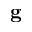
\mathbf { g }